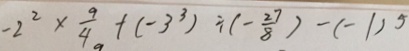
- 2 ^ { 2 } \times \frac { 9 } { 4 } + ( - 3 ^ { 3 } ) \div ( - \frac { 2 7 } { 8 } ) - ( - 1 ) ^ { 5 }